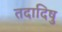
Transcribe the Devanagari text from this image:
तदादिषु